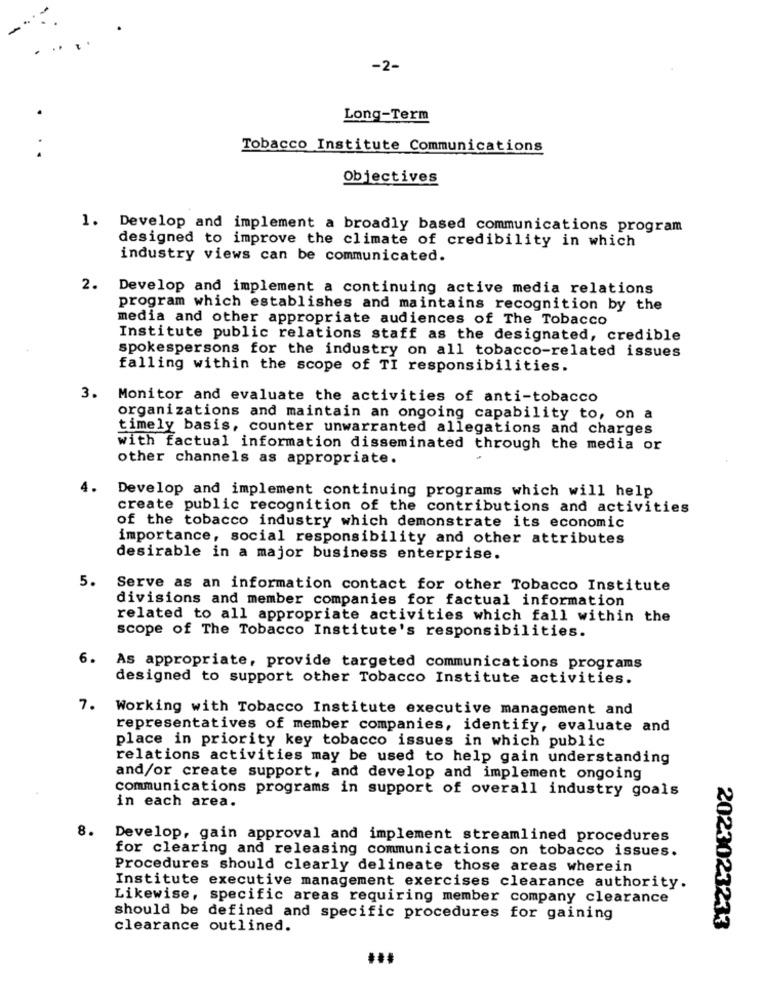
-2-
Long-Term
Tobacco Institute Communications
Objectives
1. Develop and implement a broadly based communications program
designed to improve the climate of credibility in which
industry views can be communicated.
2. Develop and implement a continuing active media relations
program which establishes and maintains recognition by the
media and other appropriate audiences of The Tobacco
Institute public relations staff as the designated, credible
spokespersons for the industry on all tobacco-related issues
falling within the scope of TI responsibilities.
3. Monitor and evaluate the activities of anti-tobacco
organizations and maintain an ongoing capability to, on a
timely basis, counter unwarranted allegations and charges
with factual information disseminated through the media or
other channels as appropriate.
4.
Develop and implement continuing programs which will help
create public recognition of the contributions and activities
of the tobacco industry which demonstrate its economic
importance, social responsibility and other attributes
desirable in a major business enterprise.
5. Serve as an information contact for other Tobacco Institute
divisions and member companies for factual information
related to all appropriate activities which fall within the
scope of The Tobacco Institute's responsibilities.
6.
As appropriate, provide targeted communications programs
designed to support other Tobacco Institute activities.
7. Working with Tobacco Institute executive management and
representatives of member companies, identify, evaluate and
place in priority key tobacco issues in which public
relations activities may be used to help gain understanding
and/or create support, and develop and implement ongoing
communications programs in support of overall industry goals
in each area.
8.
Develop, gain approval and implement streamlined procedures
for clearing and releasing communications on tobacco issues.
Procedures should clearly delineate those areas wherein
Institute executive management exercises clearance authority.
Likewise, specific areas requiring member company clearance
should be defined and specific procedures for gaining
clearance outlined.
2023023233